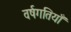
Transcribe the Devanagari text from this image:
वर्षगतियाँ